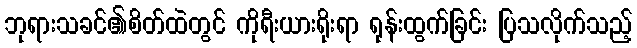
ဘုရားသခင်၏စိတ်ထဲတွင် ကိုရီးယားရိုးရာ ရုန်းထွက်ခြင်း ပြသလိုက်သည့်